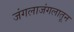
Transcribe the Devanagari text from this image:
जंगलाजंगलातून